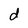
Character: d